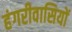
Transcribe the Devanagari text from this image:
हंगरीवासियों